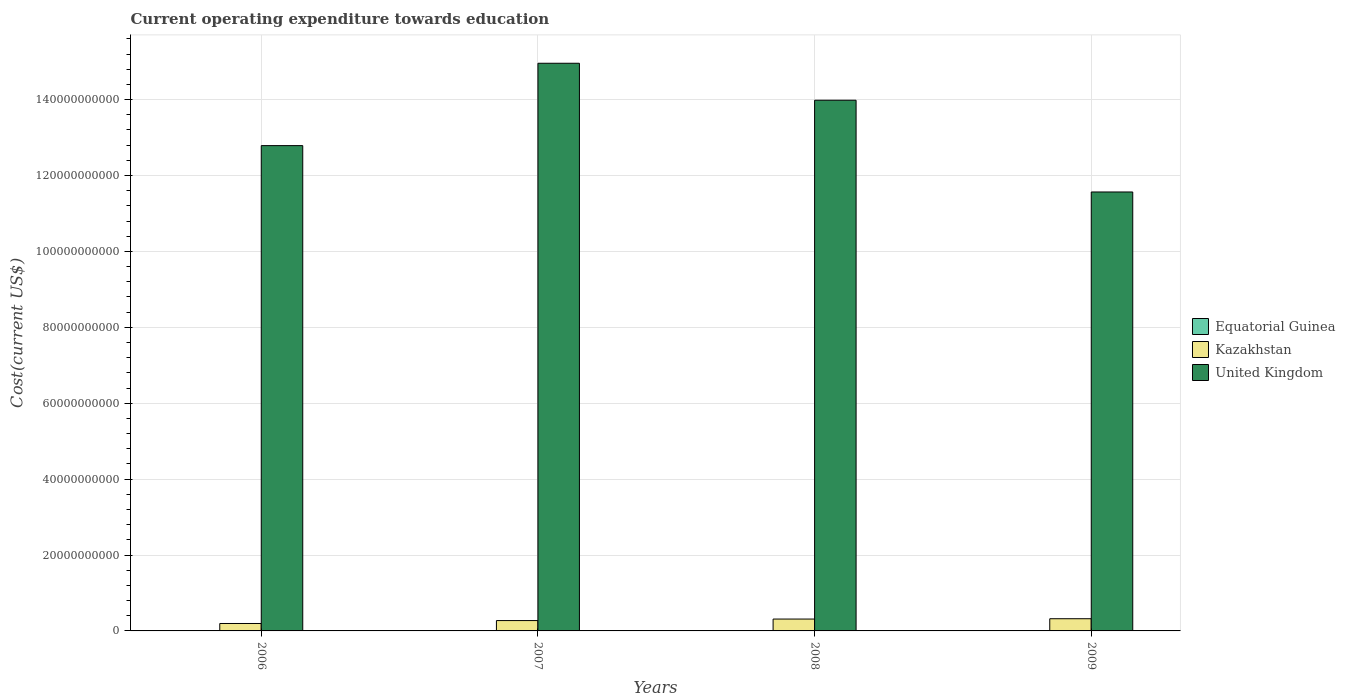
| Years | Equatorial Guinea | Kazakhstan | United Kingdom |
 | --- | --- | --- | --- |
 | 2006 | 7.47e+07 | 1.96e+09 | 1.28e+11 |
 | 2007 | 8.44e+07 | 2.73e+09 | 1.5e+11 |
 | 2008 | 1.03e+08 | 3.12e+09 | 1.4e+11 |
 | 2009 | 9.05e+07 | 3.21e+09 | 1.16e+11 |